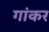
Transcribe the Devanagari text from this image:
गांकर